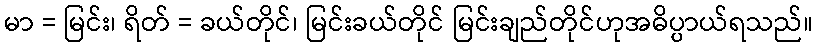
မာ = မြင်း၊ ရိတ် = ခယ်တိုင်၊ မြင်းခယ်တိုင် မြင်းချည်တိုင်ဟုအဓိပ္ပာယ်ရသည်။